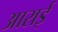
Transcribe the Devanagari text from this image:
आराई